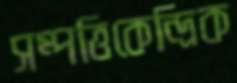
সম্পত্তিকেন্দ্রিক